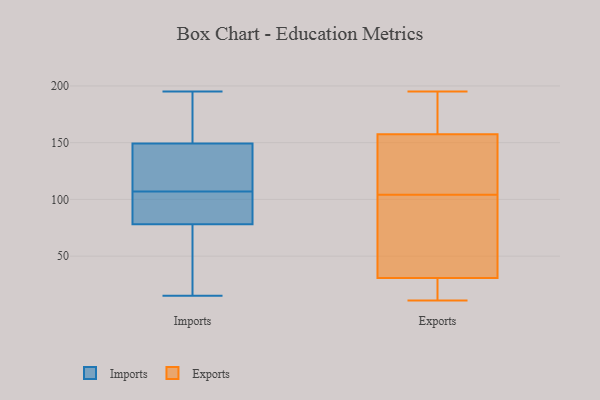
{"axis": {"x": "Temperature (°C)", "y": "Value"}, "legend": ["Exports", "Imports"], "data": [{"x": "", "y": 82, "type": "Imports"}, {"x": "", "y": 59, "type": "Imports"}, {"x": "", "y": 78, "type": "Imports"}, {"x": "", "y": 138, "type": "Imports"}, {"x": "", "y": 107, "type": "Imports"}, {"x": "", "y": 88, "type": "Imports"}, {"x": "", "y": 75, "type": "Imports"}, {"x": "", "y": 195, "type": "Imports"}, {"x": "", "y": 15, "type": "Imports"}, {"x": "", "y": 122, "type": "Imports"}, {"x": "", "y": 78, "type": "Imports"}, {"x": "", "y": 148, "type": "Imports"}, {"x": "", "y": 110, "type": "Imports"}, {"x": "", "y": 78, "type": "Imports"}, {"x": "", "y": 177, "type": "Imports"}, {"x": "", "y": 153, "type": "Imports"}, {"x": "", "y": 157, "type": "Imports"}, {"x": "", "y": 167, "type": "Exports"}, {"x": "", "y": 24, "type": "Exports"}, {"x": "", "y": 125, "type": "Exports"}, {"x": "", "y": 33, "type": "Exports"}, {"x": "", "y": 12, "type": "Exports"}, {"x": "", "y": 104, "type": "Exports"}, {"x": "", "y": 114, "type": "Exports"}, {"x": "", "y": 44, "type": "Exports"}, {"x": "", "y": 160, "type": "Exports"}, {"x": "", "y": 102, "type": "Exports"}, {"x": "", "y": 171, "type": "Exports"}, {"x": "", "y": 150, "type": "Exports"}, {"x": "", "y": 11, "type": "Exports"}, {"x": "", "y": 172, "type": "Exports"}, {"x": "", "y": 104, "type": "Exports"}, {"x": "", "y": 92, "type": "Exports"}, {"x": "", "y": 195, "type": "Exports"}, {"x": "", "y": 22, "type": "Exports"}, {"x": "", "y": 30, "type": "Exports"}]}